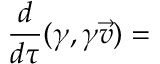
{ \frac { d } { d \tau } } ( \gamma , \gamma { \vec { v } } ) =